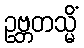
ဥဗ္ဘတသ္မိံ